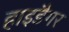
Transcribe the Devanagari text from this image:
हाइडैगर